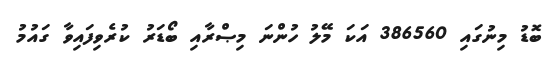
ބޮޑު މިނުގައި 386560 އަކަ މޭލު ހުންނަ މިޞްރާއި ބޯޑަރު ކުރެވިފައިވާ ގައުމު